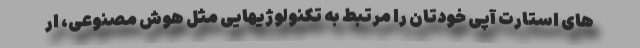
های استارت آپی خودتان را مرتبط به تکنولوژیهایی مثل هوش مصنوعی، ار